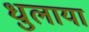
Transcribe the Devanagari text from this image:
धुलाया